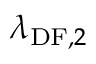
\lambda _ { \mathrm { D F } , 2 }